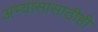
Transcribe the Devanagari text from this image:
अभ्यासासाठीही